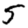
Digit: 5